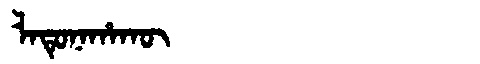
Manchu: ᠯᠠᡨᡠᠨᠠᡥᠠᡴᡡ
Romanization: LATUNAHAKŪ